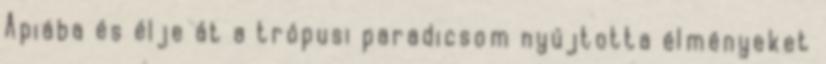
Apiába és élje át a trópusi paradicsom nyújtotta élményeket